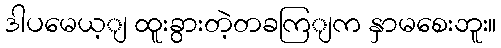
ဒါပမေယ့ျ ထူးခွားတဲ့တခကြျက နှာမစေးဘူး။